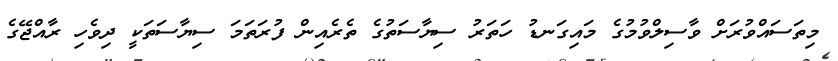
މިތަސައްވުރަށް ވާސިލްވުމުގެ މައިގަނޑު ހަތަރު ސިޔާސަތުގެ ތެރެއިން ފުރަތަމަ ސިޔާސަތަކީ ދިވެހި ރާއްޖޭގެ